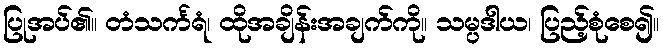
ပြုအပ်၏။ တံသင်္ကရံ၊ ထိုအချိန်းအချက်ကို။ သမ္ပဒါယ၊ ပြည့်စုံစေ၍။